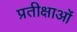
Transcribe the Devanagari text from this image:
प्रतीक्षाओं